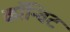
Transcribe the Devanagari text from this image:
कॉन्विट